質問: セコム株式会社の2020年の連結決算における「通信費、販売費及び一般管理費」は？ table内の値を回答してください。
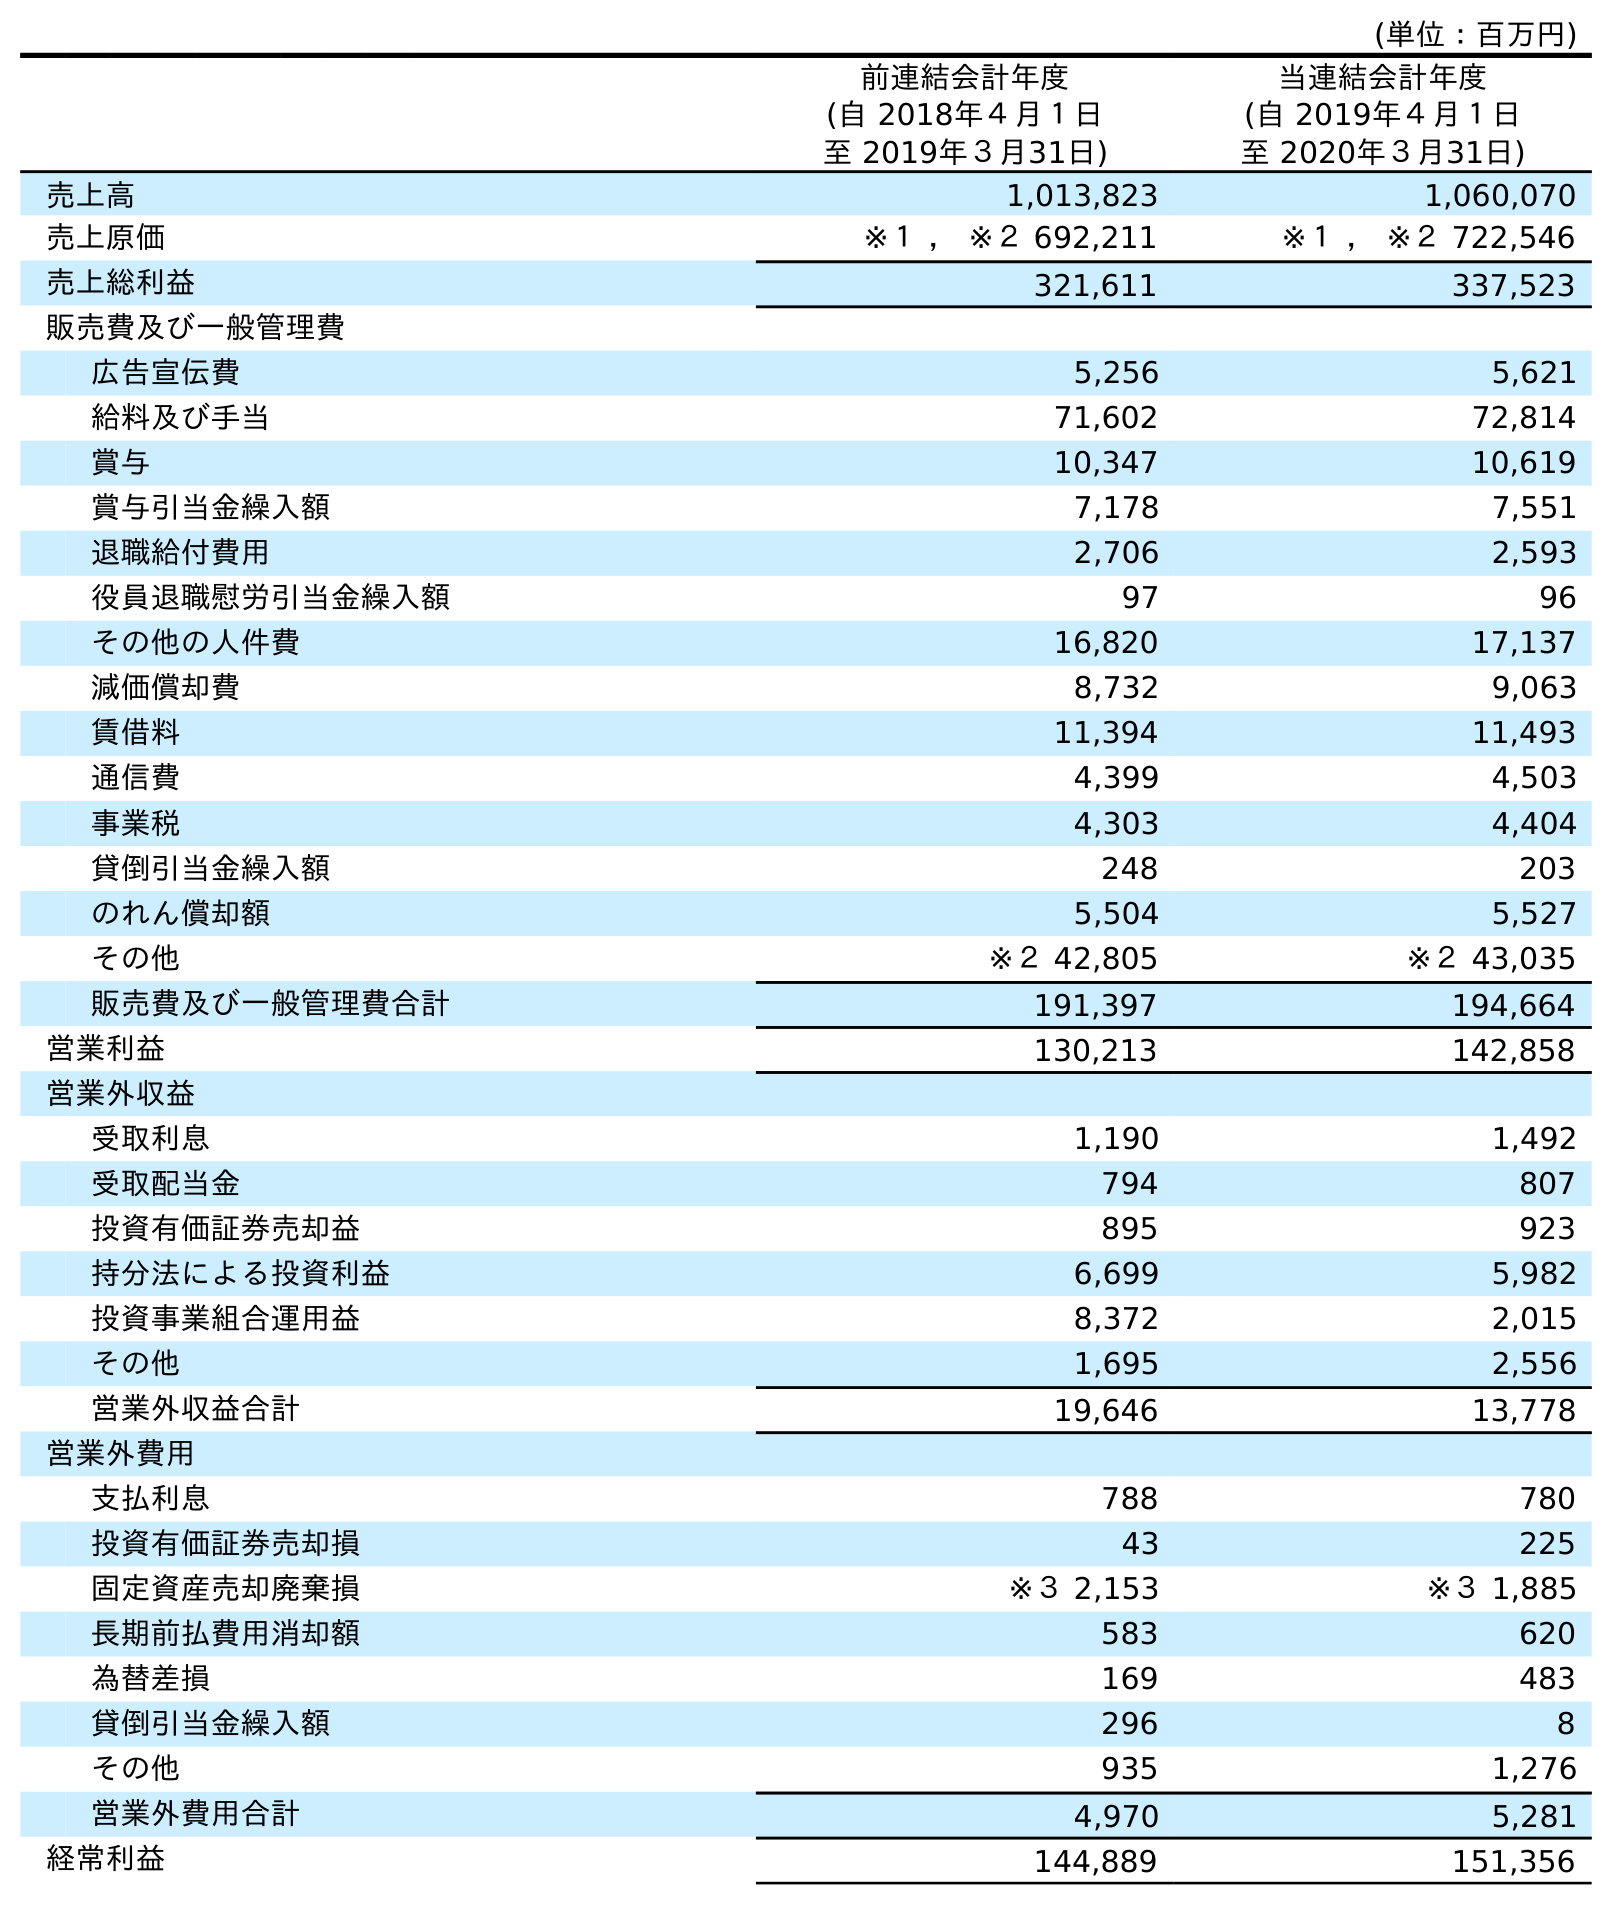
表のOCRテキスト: (単位：百万円) 前連結会計年度 (自 2018年４月１日 至 2019年３月31日) 当連結会計年度 (自 2019年４月１日 至 2020年３月31日) 売上高 1,013,823 1,060,070 売上原価 ※１ ， ※２ 692,211 ※１ ， ※２ 722,546 売上総利益 321,611 337,523 販売費及び一般管理費 広告宣伝費 5,256 5,621 給料及び手当 71,602 72,814 賞与 10,347 10,619 賞与引当金繰入額 7,178 7,551 退職給付費用 2,706 2,593 役員退職慰労引当金繰入額 97 96 その他の人件費 16,820 17,137 減価償却費 8,732 9,063 賃借料 11,394 11,493 通信費 4,399 4,503 事業税 4,303 4,404 貸倒引当金繰入額 248 203 のれん償却額 5,504 5,527 その他 ※２ 42,805 ※２ 43,035 販売費及び一般管理費合計 191,397 194,664 営業利益 130,213 142,858 営業外収益 受取利息 1,190 1,492 受取配当金 794 807 投資有価証券売却益 895 923 持分法による投資利益 6,699 5,982 投資事業組合運用益 8,372 2,015 その他 1,695 2,556 営業外収益合計 19,646 13,778 営業外費用 支払利息 788 780 投資有価証券売却損 43 225 固定資産売却廃棄損 ※３ 2,153 ※３ 1,885 長期前払費用消却額 583 620 為替差損 169 483 貸倒引当金繰入額 296 8 その他 935 1,276 営業外費用合計 4,970 5,281 経常利益 144,889 151,356
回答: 4,503